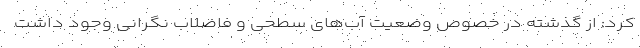
کرد: از گذشته در خصوص وضعیت آب‌های سطحی و فاضلاب نگرانی وجود داشت